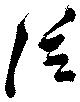
泛